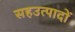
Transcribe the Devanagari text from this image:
सहउत्पादों